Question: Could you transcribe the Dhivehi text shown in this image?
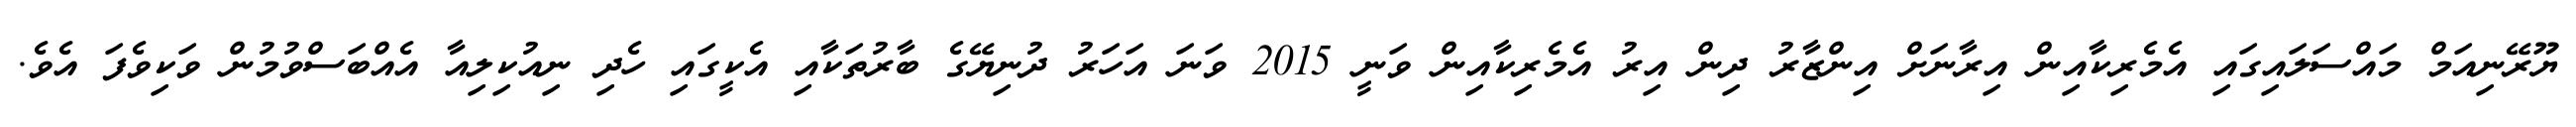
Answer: ޔޫރޭނިއަމް މައްސަލައިގައި އެމެރިކާއިން އިރާނަށް އިންޒާރު ދިން އިރު އެމެރިކާއިން ވަނީ 2015 ވަނަ އަހަރު ދުނިޔޭގެ ބާރުތަކާއި އެކީގައި ހެދި ނިއުކިލިއާ އެއްބަސްވުމުން ވަކިވެފަ އެވެ.